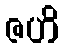
ဇဟိ